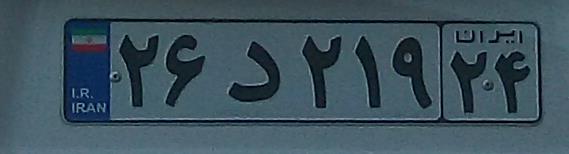
۲۶د۲۱۹۲۴